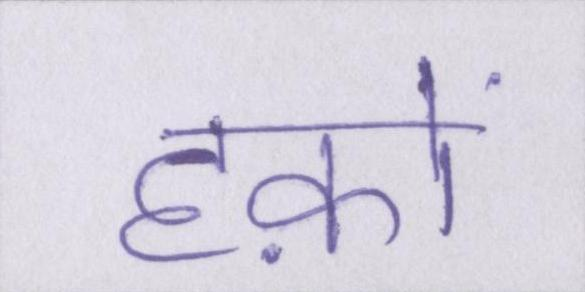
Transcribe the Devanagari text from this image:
हक़ों